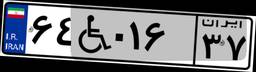
۶۴W۰۱۶۳۷